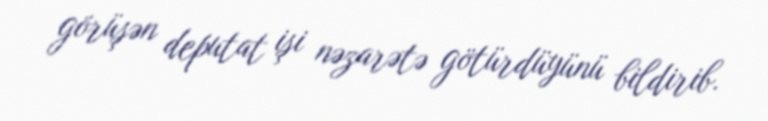
görüşən deputat işi nəzarətə götürdüyünü bildirib.